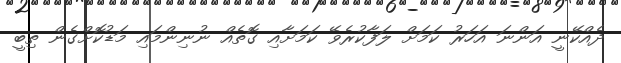
ދެއްކޭނީ އަންނަ އަހަރު ކަމަށް ލަފާކުރެވޭ ކަމަށާއި ގޮތެއް ނުނިންމައި މަޑުކޮށްގެން ތިބީ